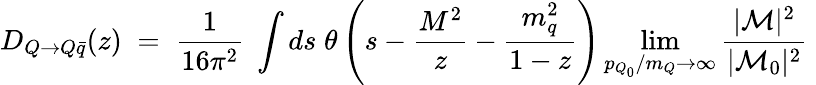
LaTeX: D_{Q\to Q\bar{q}}(z)\; =\; \frac{1}{16\pi^{2}}\; \int ds\; \theta\left(s-{\frac{M^{2}}{z}}-{\frac{m_{q}^{2}}{1-z}}\right)\operatorname*{lim}_{p_{Q_{0}}/m_{Q}\rightarrow\infty}{\frac{|{\cal M}|^{2}}{|{\cal M}_{0}|^{2}}}\;